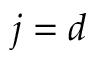
j = d